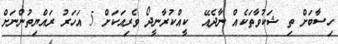
ހިސާބަށް ތި ޝަކުވާތަކެއް ނާދެއޭ  ކީއްކުރާނީދޯ ވެރިއަކަށް 5 އަހަރު ރައްޔިތުންނަށް